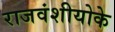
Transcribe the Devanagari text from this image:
राजवंशीयोके